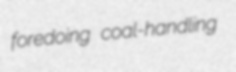
foredoing coal-handling